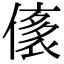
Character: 㒅